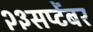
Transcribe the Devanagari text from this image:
२३सप्टेंबर